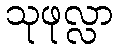
သုဖုလ္လာ